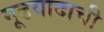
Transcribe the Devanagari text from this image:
गूढवादाची